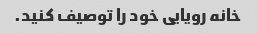
خانه رویایی خود را توصیف کنید.